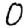
Digit: 0